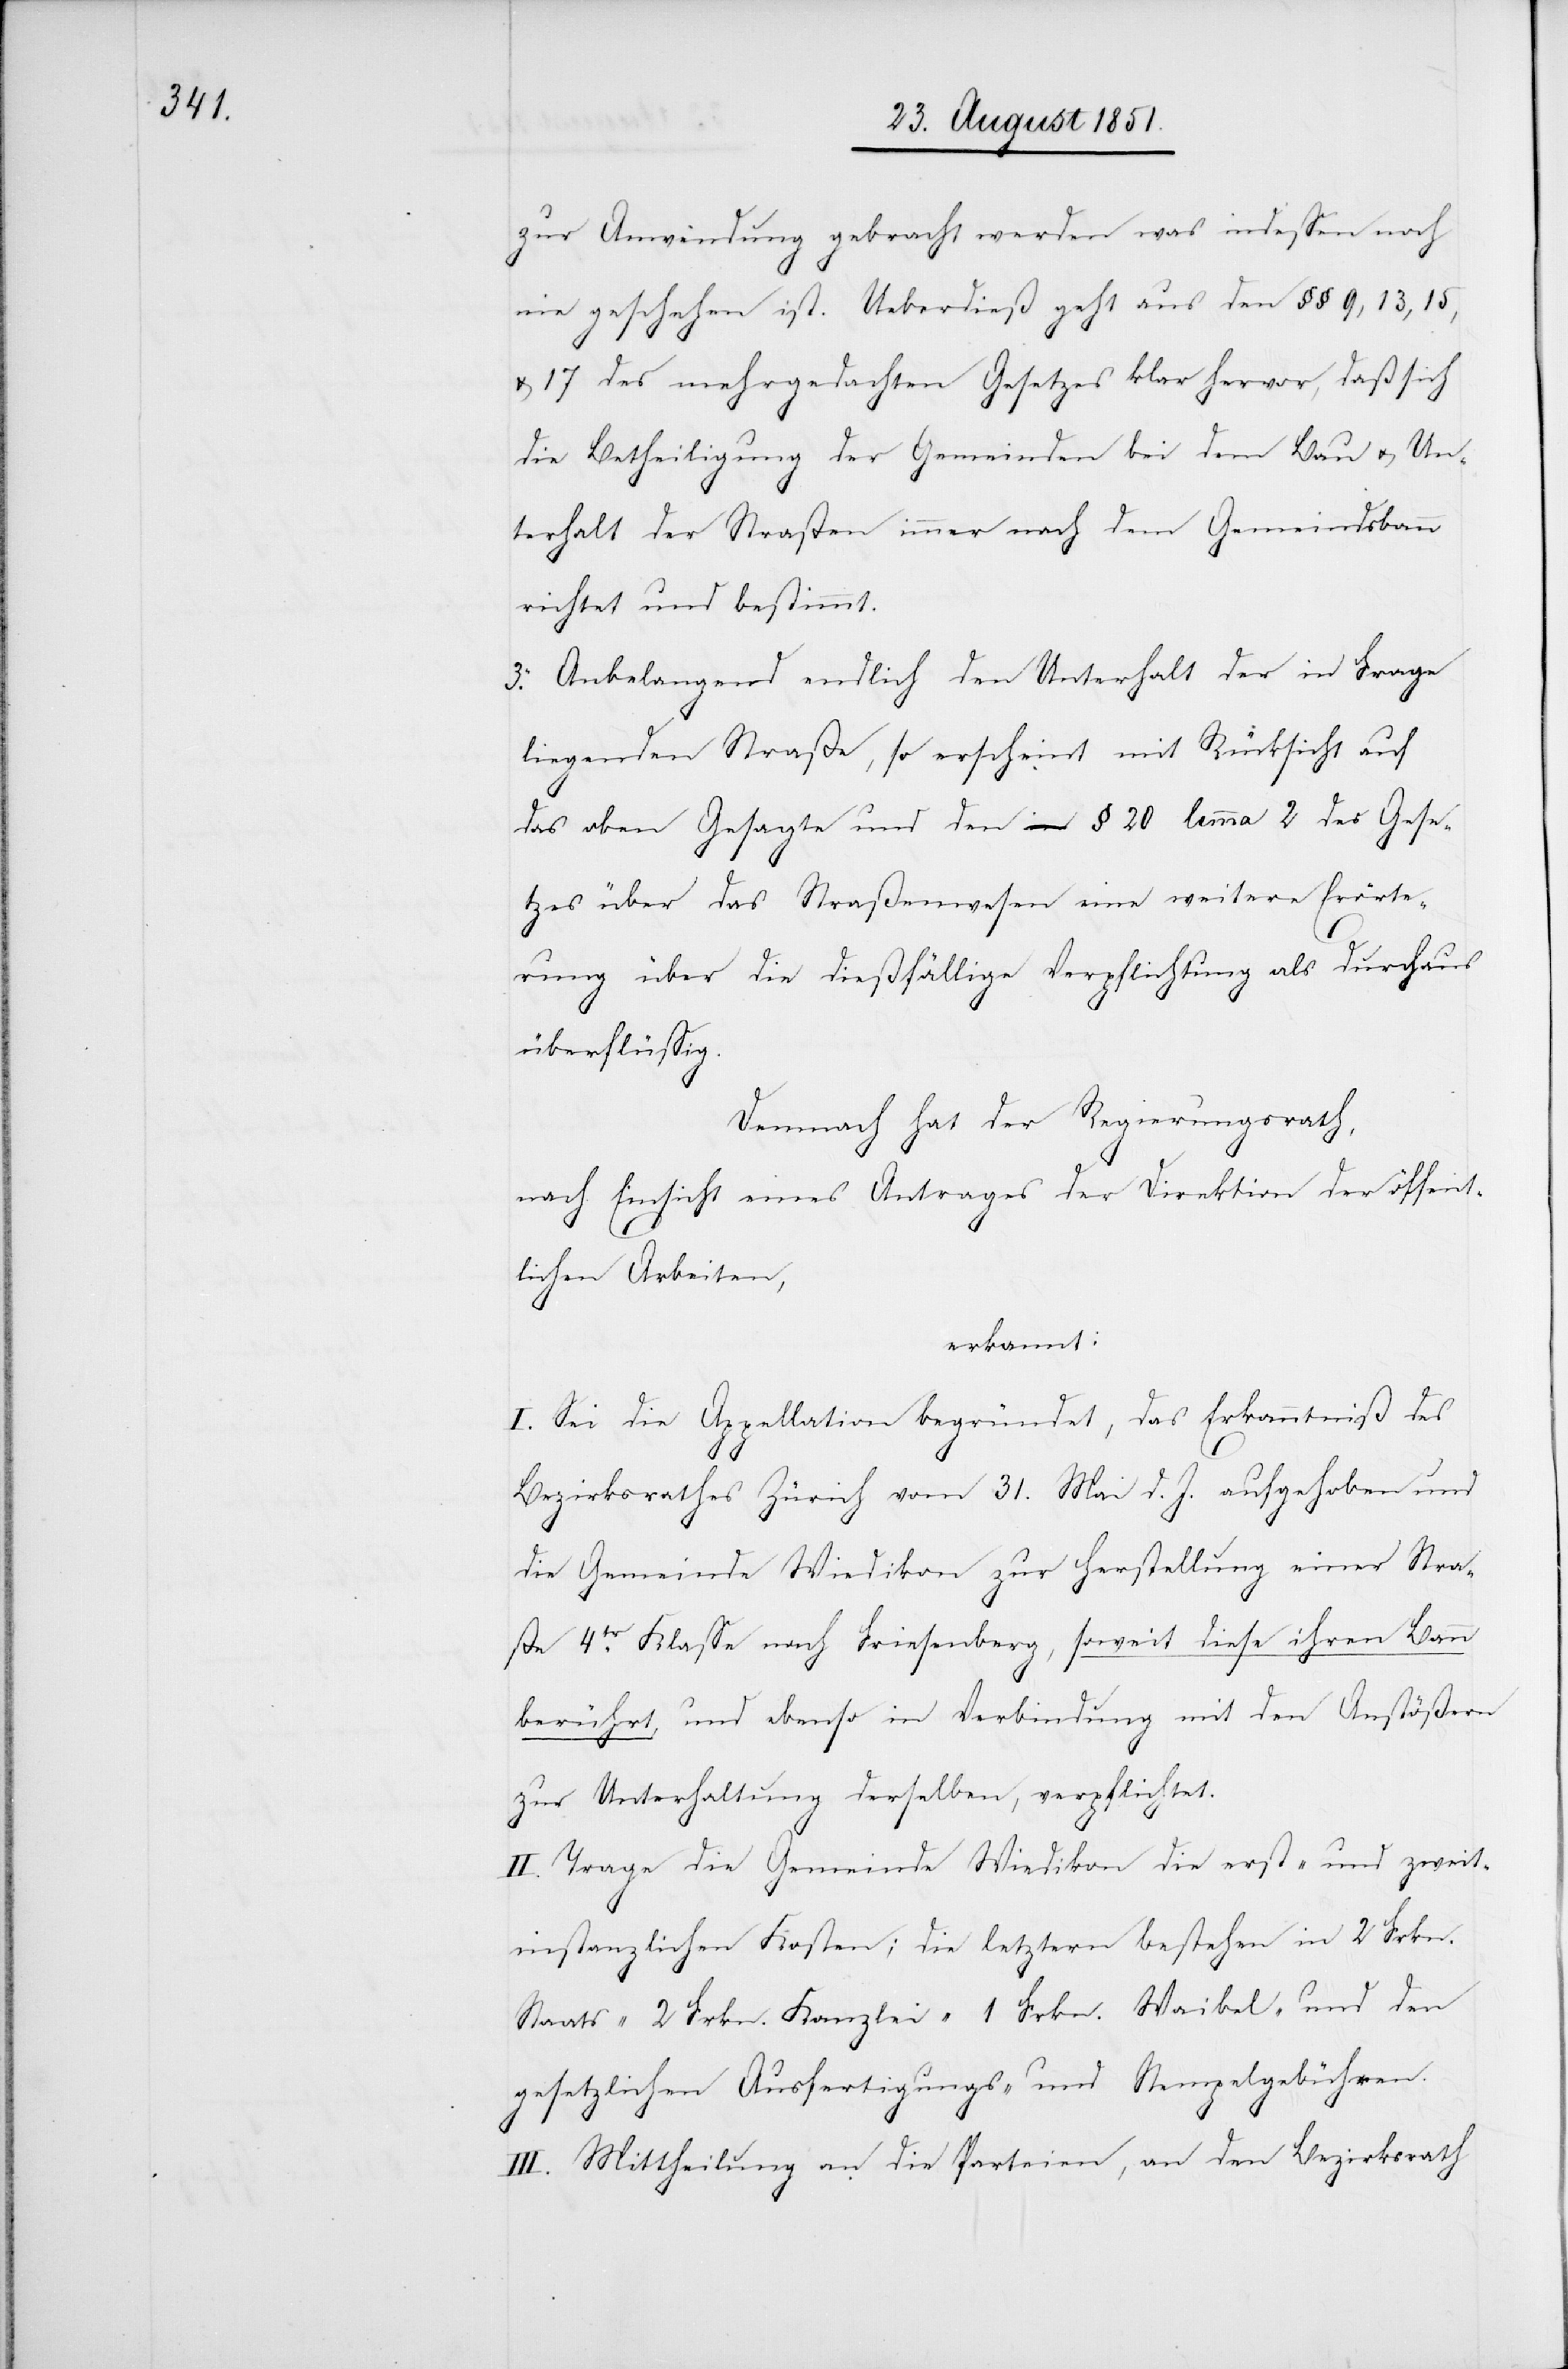
zur Anwendung gebracht werden was indessen noch
nie geschehen ist. Ueberdieß geht aus den §§ 9, 13, 15,
& 17 des mehrgedachten Gesetzes klar hervor, daß sich
die Betheiligung der Gemeinden bei dem Bau & Un¬
terhalt der Straßen immer nach dem Gemeindsbann
richtet und bestimmt.
3. Anbelangend endlich den Unterhalt der in Frage
liegenden Straße, so erscheint mit Rücksicht auf
das oben Gesagte und den § 20 lemma 2 des Geset¬
zes über das Straßenwesen eine weitere Erörte¬
rung über die dießfällige Verpflichtung als durchaus
überflüssig.
Demnach hat der Regierungsrath,
nach Einsicht eines Antrages der Direktion der öffent¬
lichen Arbeiten,
erkannt:
I. Sei die Appellation begründet, das Erkanntniß des
Bezirksrathes Zürich vom 31. Mai d. J. aufgehoben und
die Gemeinde Wiedikon zur Herstellung einer Stra¬
ße 4tr. Klasse nach Friesenberg, soweit diese ihren Bann
berührt, und ebenso in Verbindung mit den Anstößern
zur Unterhaltung derselben, verpflichtet.
II. Trage die Gemeinde Wiedikon die erst- und zweit¬
instanzlichen Kosten; die letztern bestehen in 2 Frkn.
Staats-[,] 2 Frkn. Kanzlei-[,] 1 Frkn. Waibel- und den
gesetzlichen Ausfertigungs- und Stempelgebühren.
III. Mittheilung an die Parteien, an den Bezirksrath